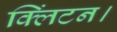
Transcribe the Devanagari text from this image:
क्लिंटन।